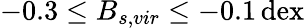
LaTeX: -0.3\leq B_{s,vir}\leq-0.1\, \mathrm{dex}